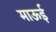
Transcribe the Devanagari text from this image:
माऊई